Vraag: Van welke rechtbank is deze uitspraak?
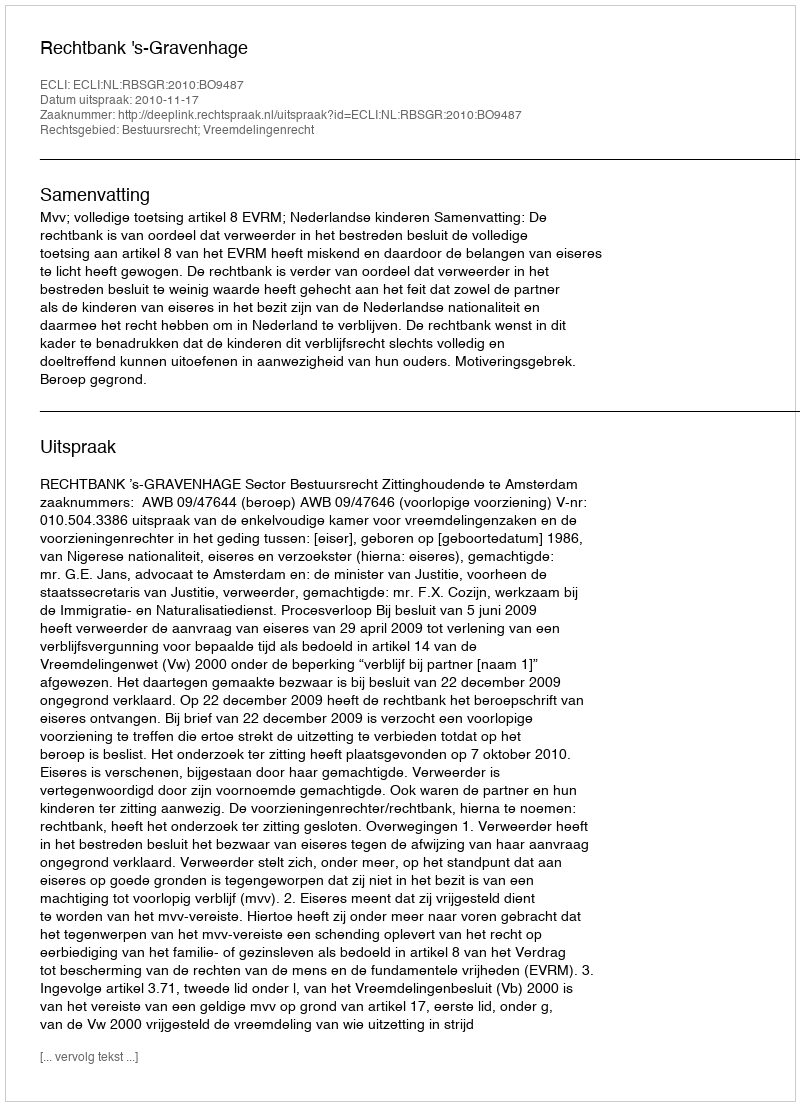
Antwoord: Rechtbank 's-Gravenhage